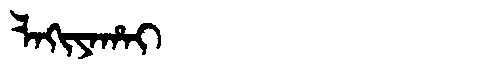
Manchu: ᠯᠠᡴᡳᠶᠠᡥᠠᡳ
Romanization: LAKIYAHAI